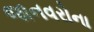
જાનવરોના